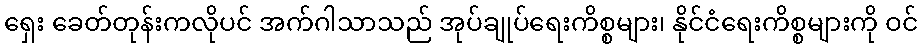
ရှေး ခေတ်တုန်းကလိုပင် အက်ဂါသာသည် အုပ်ချုပ်ရေးကိစ္စများ၊ နိုင်ငံရေးကိစ္စများကို ဝင်